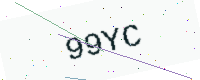
Text: 99YC